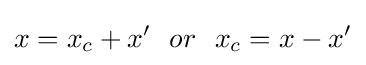
x=x_{c}+x'\ \ or\ \ x_{c}=x-x'